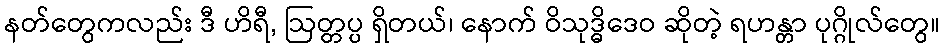
နတ်တွေကလည်း ဒီ ဟိရီ, ဩတ္တပ္ပ ရှိတယ်၊ နောက် ဝိသုဒ္ဓိဒေဝ ဆိုတဲ့ ရဟန္တာ ပုဂ္ဂိုလ်တွေ။